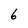
Character: 6